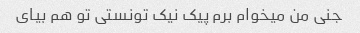
جنی من میخوام برم پیک نیک تونستی تو هم بیای